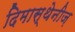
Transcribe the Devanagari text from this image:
दिमास्थेनीज़